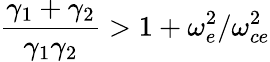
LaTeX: \frac{\gamma_{1}+\gamma_{2}}{\gamma_{1}\gamma_{2}}>1+\omega_{e}^{2}/\omega_{ce}^{2}